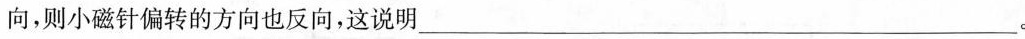
向，则小磁针偏转的方向也反向，这说明___。